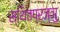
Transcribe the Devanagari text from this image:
स्थितप्रज्ञु